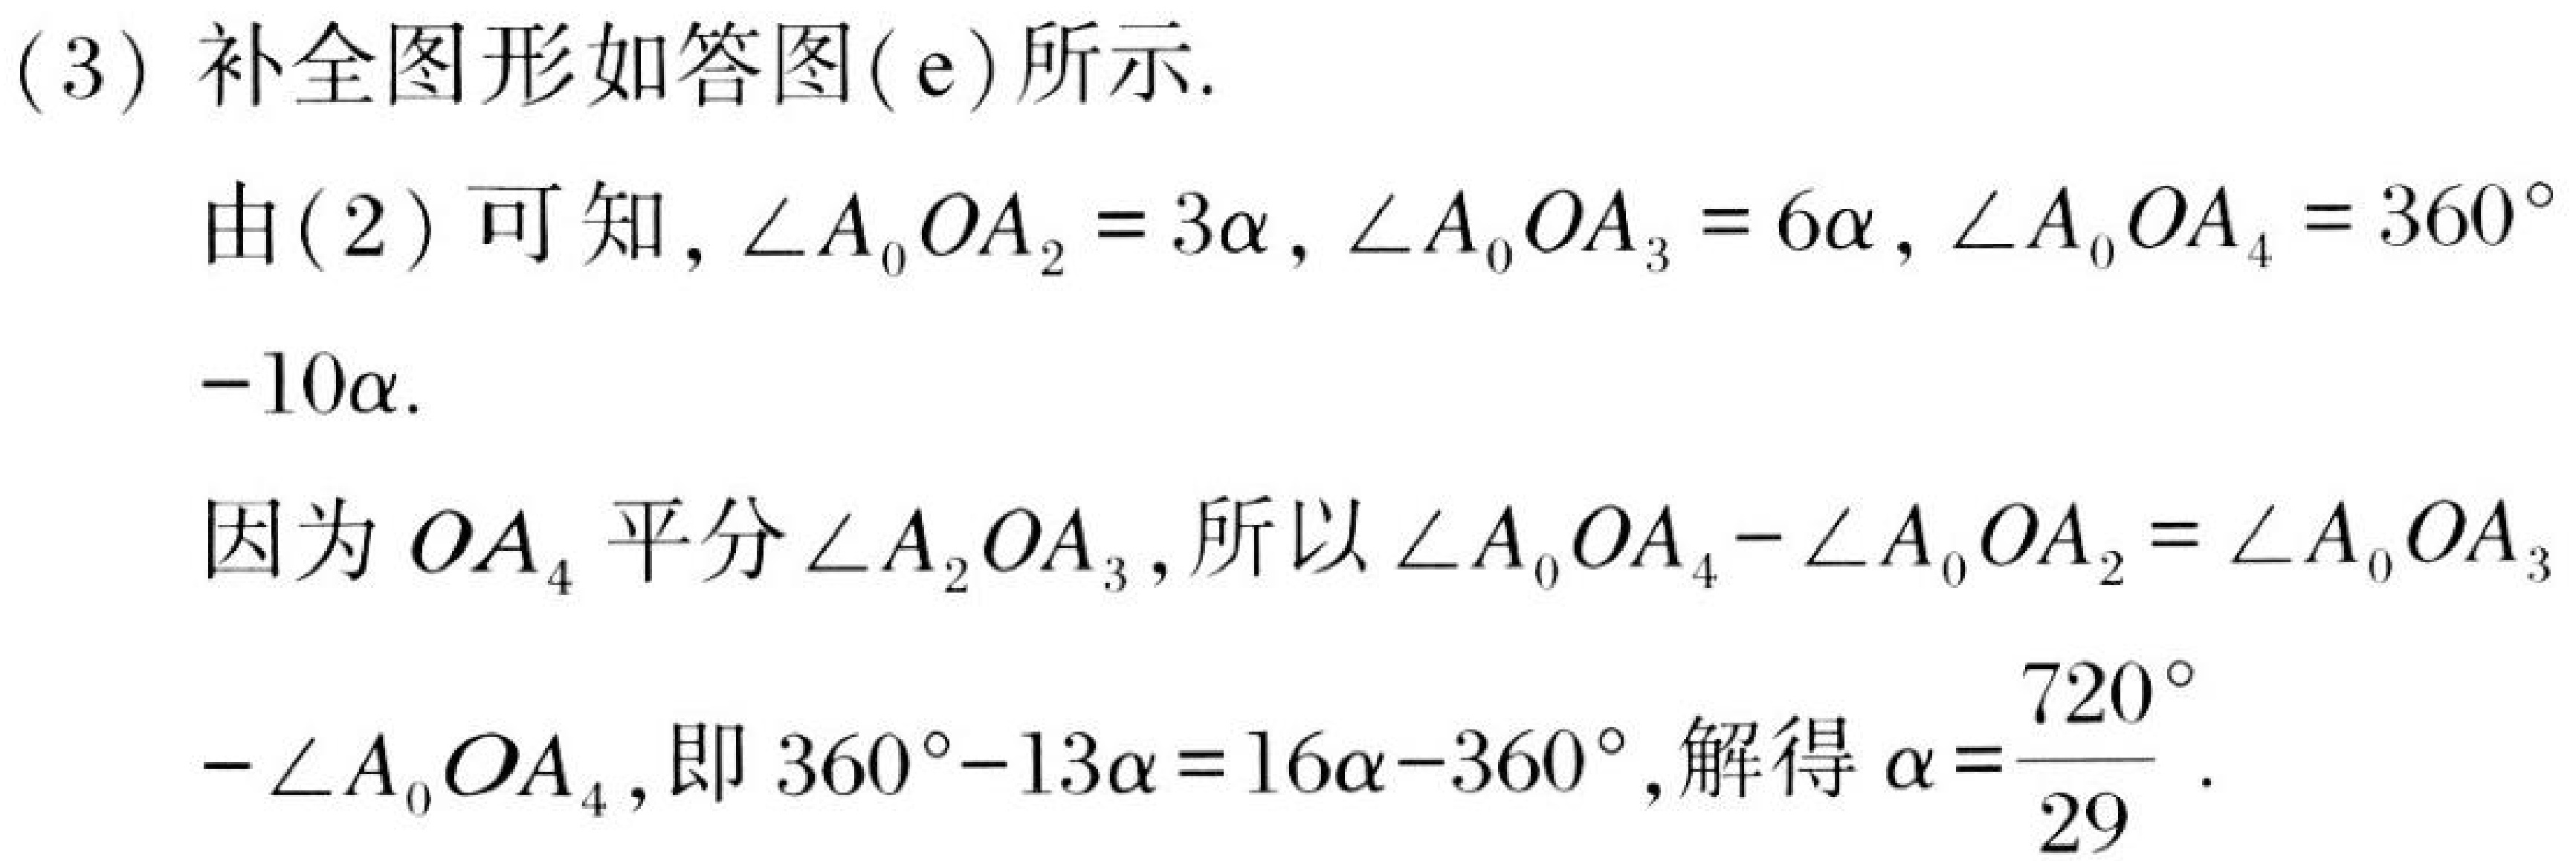
(3) 补全图形如答图(e)所示.

由(2)可知，\(\angle A_{0}OA_{2}=3\alpha\)，\(\angle A_{0}OA_{3}=6\alpha\)，\(\angle A_{0}OA_{4}=360^{\circ}-10\alpha\).

因为 \(OA_{4}\) 平分\(\angle A_{2}OA_{3}\)，所以\(\angle A_{0}OA_{4}-\angle A_{0}OA_{2}=\angle A_{0}OA_{3}-\angle A_{0}OA_{4}\)，即\(360^{\circ}-13\alpha = 16\alpha-360^{\circ}\)，解得\(\alpha=\dfrac{720^{\circ}}{29}\).